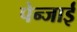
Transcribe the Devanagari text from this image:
पेन्जाई